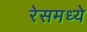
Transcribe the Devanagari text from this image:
रेसमध्ये